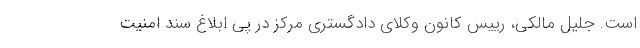
است. جلیل مالکی، رییس کانون وکلای دادگستری مرکز در پی ابلاغ سند امنیت